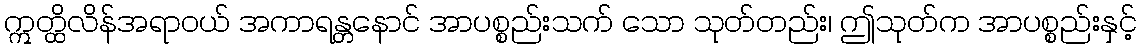
ဣတ္ထိလိန်အရာဝယ် အကာရန္တနောင် အာပစ္စည်းသက် သော သုတ်တည်း၊ ဤသုတ်က အာပစ္စည်းနှင့်